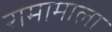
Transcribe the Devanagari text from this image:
रामामाला